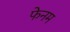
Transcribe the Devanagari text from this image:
फेनम